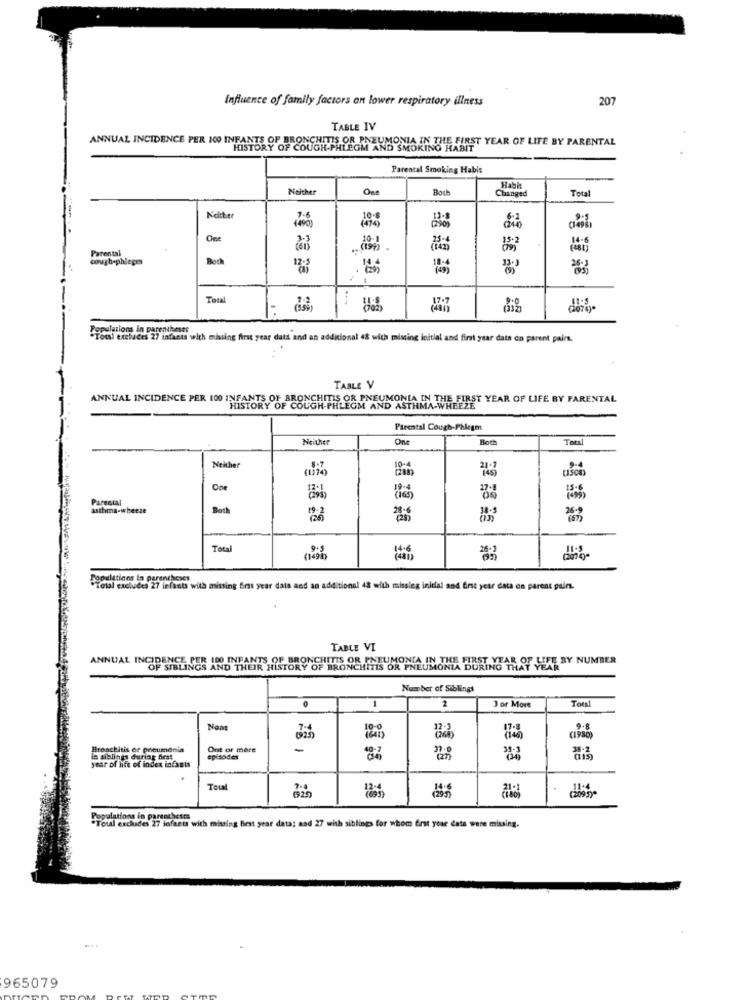
Influence of family factors on lower respiratory illness
207
TABLE IV
ANNUAL INCIDENCE PER 100 INFANTS
ANCHITIS OR PNEUMONIA IN THE FIRST YEAR OF LIFE BY PARENTAL
HISTORY OF COUGH-PHLEGM AND SMOKING HABIT
Parental Smoking Habis
Neither
One
Boch
Habh
Total
Changed
Neither
One
Parental
12:2
cough-phicges
Both
Total
----
-
Populations In parentheses
aces 27 infants with missing first year data and an additional 48 wich missing initial and first year data on parent pairs.
TABLE V
ANNUAL INCIDENCE PER 100 INFANTS OF BRO
HISTORY OF CONCHITLS OR PNEUMONIA IN THE FIRST YEAR OF LIFE BY PARENTAL
Parental Cough-Phlegm
Neither
One
Both
Total
Neither
Parental
asthma-wheeze
Both
Total
Populations in parentheses
*Total excludes 27 infants with missing first year data and an additional 42 with missleg initial and first year data on parent pairs.
TABLE VI
ANNUAL INCIDENCE PER 100 INFANTS OF BRONCHITIS OR PNEUMONIA IN THE FIRST YEAR OF LIFE BY NUMBER
OF SIBLINGS AND THEIR HISTORY OF BRONCHITIS OR PNEUMONIA DURING THAT
Number of Siblings
1
2
Total
J or More
Noan
7:4
(02)
(641)
Bronchitis or pricumonia
Ont or more
in siblings during first
episodes
3.o
year of life of index infants
Populations in parentheses
"Total exchades 27 infacts with missing first year data; and 27 with siblings for whom Erst year data were missing.
965079